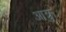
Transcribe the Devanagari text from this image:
आक्रु